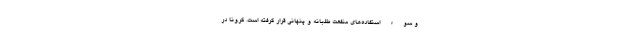
و سوء استفاده‌های منفعت طلبانه و پنهانی قرار گرفته است. کرونا در